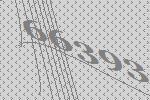
66393